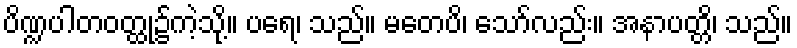
ပိဏ္ဍပါတဝတ္ထု၌ကဲ့သို့။ ပရေ၊ သည်။ မတေပိ၊ သော်လည်း။ အနာပတ္တိ၊ သည်။